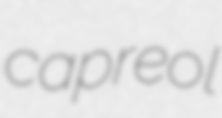
capreol